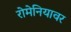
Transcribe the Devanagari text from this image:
रोमेनियावर